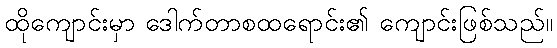
ထိုကျောင်းမှာ ဒေါက်တာစထရောင်း၏ ကျောင်းဖြစ်သည်။